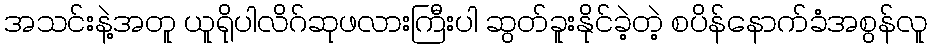
အသင်းနဲ့အတူ ယူရိုပါလိဂ်ဆုဖလားကြီးပါ ဆွတ်ခူးနိုင်ခဲ့တဲ့ စပိန်နောက်ခံအစွန်လူ